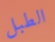
الطبل